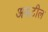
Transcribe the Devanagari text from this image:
असटील